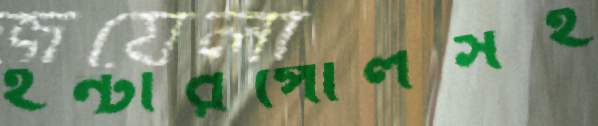
ইন্টারপোলসহ